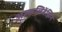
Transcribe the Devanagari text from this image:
अल्कलिबेंझिन